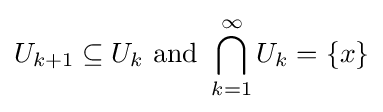
U_{k+1}\subseteq U_{k}{\mbox{ and }}\bigcap _{k=1}^{\infty }U_{k}=\{x\}